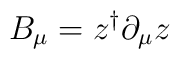
B_{\mu}=z^{\dagger}\partial_{\mu} z